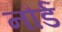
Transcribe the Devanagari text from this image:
नौर्ड